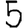
Digit: 5